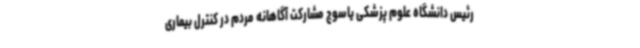
رئیس دانشگاه علوم پزشکی یاسوج مشارکت آگاهانه مردم در کنترل بیماری